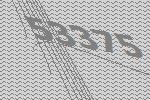
53375